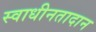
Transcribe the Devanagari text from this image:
स्वाधीनतादान